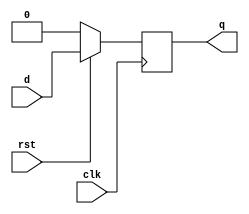
`timescale 1ns / 1ps
//////////////////////////////////////////////////////////////////////////////////
// Company: 
// Engineer: 
// 
// Design Name: 
// Module Name: dff_sync_reset
// Project Name: 
// Target Devices: 
// Tool Versions: 
// Description: 
// 
// Dependencies: 
// 
// Revision:
// Revision 0.01 - File Created
// Additional Comments:
// 
//////////////////////////////////////////////////////////////////////////////////


module dff_sync_reset(d,clk,rst,q);
    output q;
    input d,clk,rst;
    reg q;
    always@(posedge clk)
        if(~rst)
            q<=1'b0;
        else
            q<=d;
          
endmodule